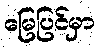
မြေပြင်မှာ